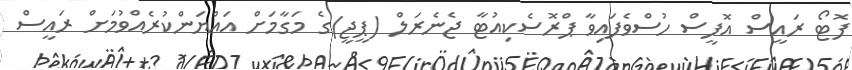
ފޮޓޯ ރައީސް އޮފީސް ހުސްވެފައިވާ ޕްރޮސެކިއުޓާ ޖެނެރަލް (ޕީޖީ)ގެ މަގާމަށް އައްޔަންކުރެއްވުމަށް ރައީސް